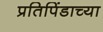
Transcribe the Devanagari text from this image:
प्रतिपिंडाच्या